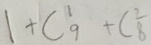
1 + C _ { 9 } ^ { 1 } + C _ { 8 } ^ { 2 }